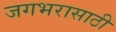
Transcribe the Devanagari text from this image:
जगभरासाठी